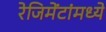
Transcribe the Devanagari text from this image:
रेजिमेंटांमध्ये